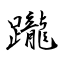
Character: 躘